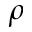
\rho